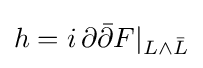
h=i\,\partial {\bar {\partial }}F|_{L\wedge {\bar {L}}}